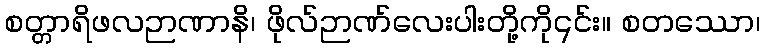
စတ္တာရိဖလဉာဏာနိ၊ ဖိုလ်ဉာဏ်လေးပါးတို့ကို၎င်း။ စတဿော၊